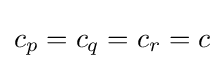
{\textstyle c_{p}=c_{q}=c_{r}=c}